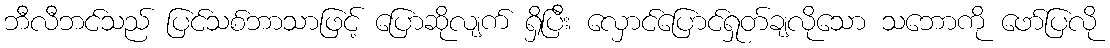
ဘီလီဘင်သည် ပြင်သစ်ဘာသာဖြင့် ပြောဆိုလျက် ရှိပြီး လှောင်ပြောင်ရှုတ်ချလိုသော သဘောကို ဖော်ပြလို